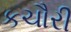
કચૌરી